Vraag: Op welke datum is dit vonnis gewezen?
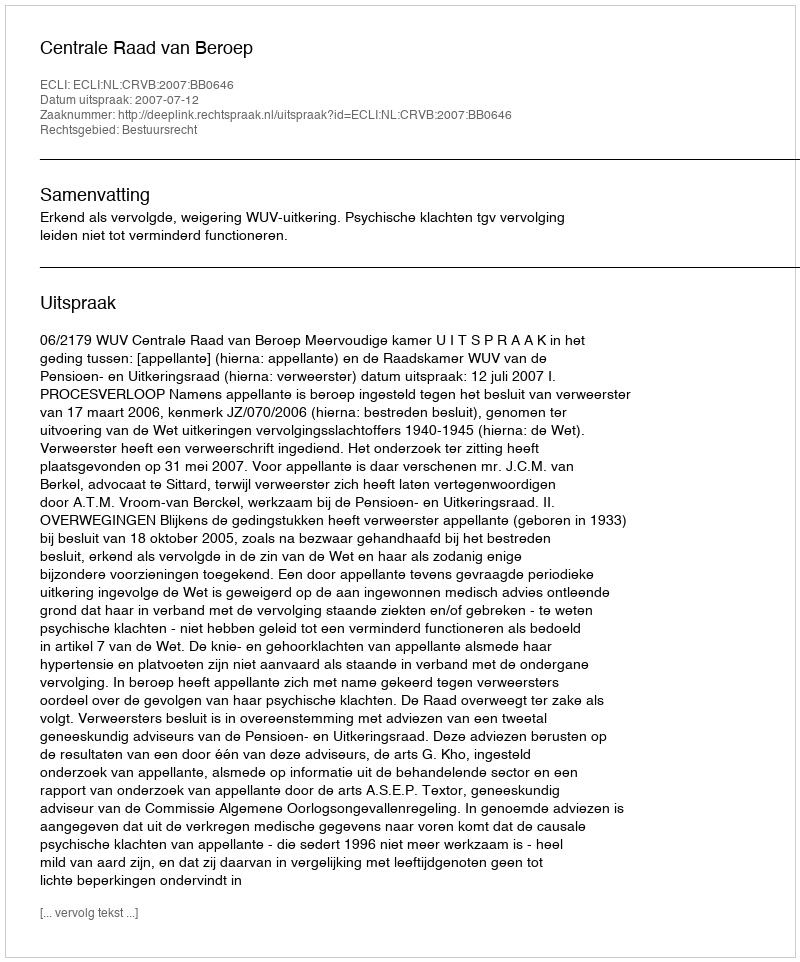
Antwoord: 2007-07-12